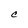
Character: C